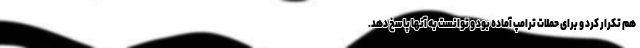
هم تکرار کرد و برای حملات ترامپ آماده بود و توانست به آنها پاسخ دهد.